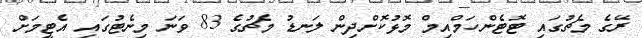
ރޭގެ މެޗުގައި ޓޮޓެންހަމްއިމް މޮޅުކޮށްދިން ލަނޑު މެޗުގެ 83 ވަނަ މިނެޓުގައި އެޓީމަށް